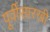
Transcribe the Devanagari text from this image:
पूर्वीसारखी